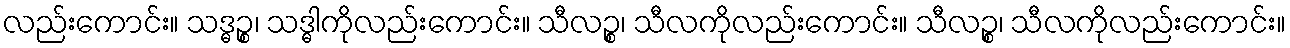
လည်းကောင်း။ သဒ္ဓဉ္စ၊ သဒ္ဓါကိုလည်းကောင်း။ သီလဉ္စ၊ သီလကိုလည်းကောင်း။ သီလဉ္စ၊ သီလကိုလည်းကောင်း။